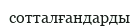
сотталғандарды